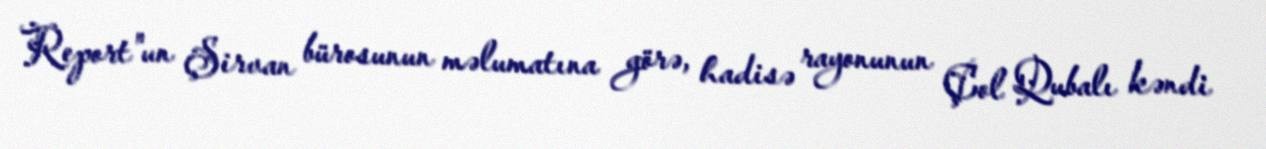
Report"un Şirvan bürosunun məlumatına görə, hadisə rayonunun Çol Qubalı kəndi